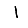
Digit: 1